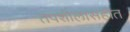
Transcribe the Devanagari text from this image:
तपशीलासहीत